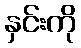
နှင်းကို